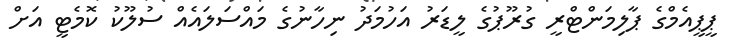
ޕީޕީއެމްގެ ޕާލިމަންޓްރީ ގުރޫޕުގެ ލީޑަރު އަހުމަދު ނިހާނުގެ މައްސަލައެއް ސުލޫކު ކޮމެޓީ އަށް